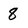
Character: 8